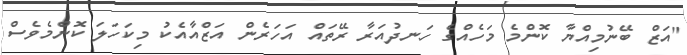
"އަޒް ބޭނުމިއްޔާ ކޮންމެ މަހެއްގެ ހަނދުއަރާ ރޭތައް އަހަރެން އަޒްއާއެކު މިކަހަލަ ކޮންމެވެސް